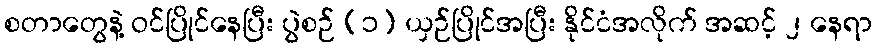
စတာတွေနဲ့ ဝင်ပြိုင်နေပြီး ပွဲစဉ် (၁) ယှဉ်ပြိုင်အပြီး နိုင်ငံအလိုက် အဆင့် ၂ နေရာ